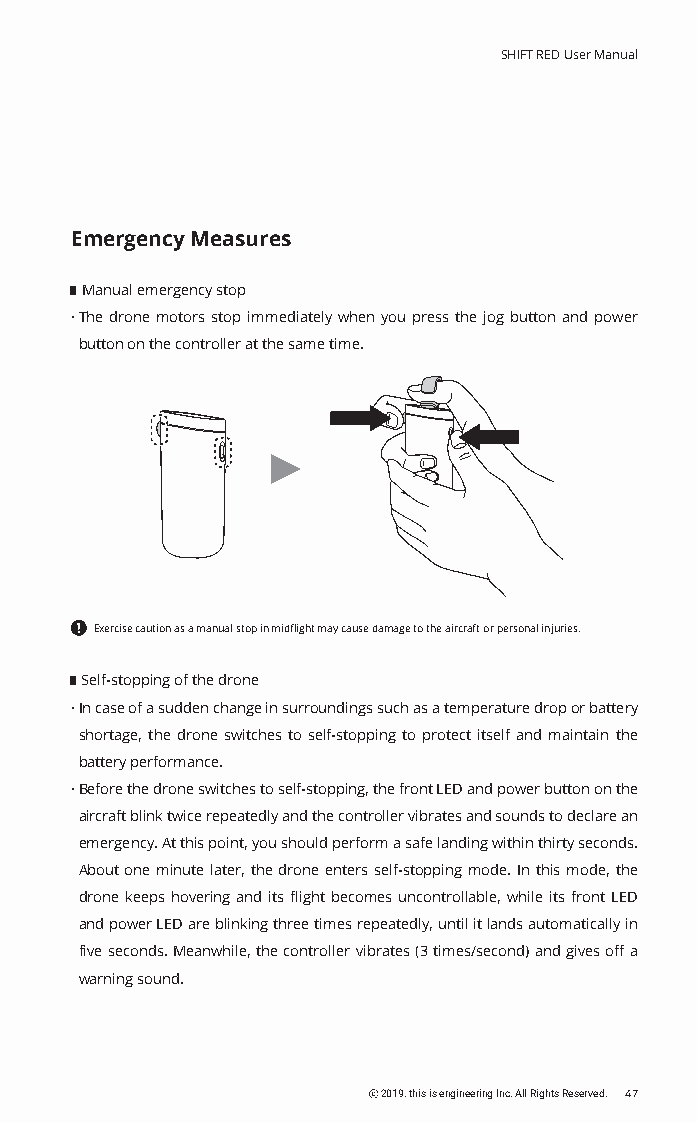
SHIFT RED User Manual
 Emergency Measures
 Manual emergency stop
 · The drone motors stop immediately when you press the jog button and power
 button on the controller at the same time.
 Exercise caution as a manual stop in midflight may cause damage to the aircraft or personal injuries.
 Self-stopping of the drone
 · In case of a sudden change in surroundings such as a temperature drop or battery
 shortage, the drone switches to self-stopping to protect itself and maintain the
 battery performance.
 · Before the drone switches to self-stopping, the front LED and power button on the
 aircraft blink twice repeatedly and the controller vibrates and sounds to declare an
 emergency. At this point, you should perform a safe landing within thirty seconds.
 About one minute later, the drone enters self-stopping mode. In this mode, the
 drone keeps hovering and its flight becomes uncontrollable, while its front LED
 and power LED are blinking three times repeatedly, until it lands automatically in
 five seconds. Meanwhile, the controller vibrates (3 times/second) and gives off a
 warning sound.
 ⓒ 2019. this is engineering Inc. All Rights Reserved. 47